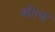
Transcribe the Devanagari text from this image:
बील्ड